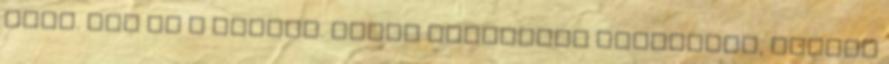
jobb. Nem az a lényeg. Adják egymásnak ajándékba, amijük